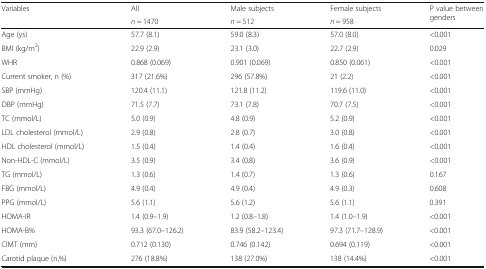
<table><thead><tr><td rowspan="2"><b>Variables</b></td><td><b>All</b></td><td><b>Male subjects</b></td><td><b>Female subjects</b></td><td rowspan="2"><b>P value between genders</b></td></tr><tr><td><b><i>n</i> = 1470</b></td><td><b><i>n</i> = 512</b></td><td><b><i>n</i> = 958</b></td></tr></thead><tbody><tr><td>Age (ys)</td><td>57.7 (8.1)</td><td>59.0 (8.3)</td><td>57.0 (8.0)</td><td>&lt;0.001</td></tr><tr><td>BMI (kg/m<sup>2</sup>)</td><td>22.9 (2.9)</td><td>23.1 (3.0)</td><td>22.7 (2.9)</td><td>0.029</td></tr><tr><td>WHR</td><td>0.868 (0.069)</td><td>0.901 (0.069)</td><td>0.850 (0.061)</td><td>&lt;0.001</td></tr><tr><td>Current smoker, n (%)</td><td>317 (21.6%)</td><td>296 (57.8%)</td><td>21 (2.2)</td><td>&lt;0.001</td></tr><tr><td>SBP (mmHg)</td><td>120.4 (11.1)</td><td>121.8 (11.2)</td><td>119.6 (11.0)</td><td>&lt;0.001</td></tr><tr><td>DBP (mmHg)</td><td>71.5 (7.7)</td><td>73.1 (7.8)</td><td>70.7 (7.5)</td><td>&lt;0.001</td></tr><tr><td>TC (mmol/L)</td><td>5.0 (0.9)</td><td>4.8 (0.9)</td><td>5.2 (0.9)</td><td>&lt;0.001</td></tr><tr><td>LDL cholesterol (mmol/L)</td><td>2.9 (0.8)</td><td>2.8 (0.7)</td><td>3.0 (0.8)</td><td>&lt;0.001</td></tr><tr><td>HDL cholesterol (mmol/L)</td><td>1.5 (0.4)</td><td>1.4 (0.4)</td><td>1.6 (0.4)</td><td>&lt;0.001</td></tr><tr><td>Non-HDL-C (mmol/L)</td><td>3.5 (0.9)</td><td>3.4 (0.8)</td><td>3.6 (0.9)</td><td>&lt;0.001</td></tr><tr><td>TG (mmol/L)</td><td>1.3 (0.6)</td><td>1.4 (0.7)</td><td>1.3 (0.6)</td><td>0.167</td></tr><tr><td>FBG (mmol/L)</td><td>4.9 (0.4)</td><td>4.9 (0.4)</td><td>4.9 (0.3)</td><td>0.608</td></tr><tr><td>PPG (mmol/L)</td><td>5.6 (1.1)</td><td>5.6 (1.2)</td><td>5.6 (1.1)</td><td>0.391</td></tr><tr><td>HOMA-IR</td><td>1.4 (0.9–1.9)</td><td>1.2 (0.8–1.8)</td><td>1.4 (1.0–1.9)</td><td>&lt;0.001</td></tr><tr><td>HOMA-B%</td><td>93.3 (67.0–126.2)</td><td>83.9 (58.2–123.4)</td><td>97.3 (71.7–128.9)</td><td>&lt;0.001</td></tr><tr><td>CIMT (mm)</td><td>0.712 (0.130)</td><td>0.746 (0.142)</td><td>0.694 (0.119)</td><td>&lt;0.001</td></tr><tr><td>Carotid plaque (n,%)</td><td>276 (18.8%)</td><td>138 (27.0%)</td><td>138 (14.4%)</td><td>&lt;0.001</td></tr></tbody></table>